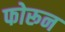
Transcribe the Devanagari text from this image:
फोरून